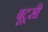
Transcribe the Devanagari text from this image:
बूट्सी